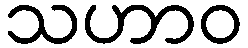
သဟာဝ